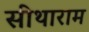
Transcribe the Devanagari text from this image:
सीथाराम